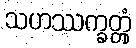
သဟဿက္ခတ္တုံ